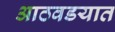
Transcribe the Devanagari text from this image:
आठवडयात